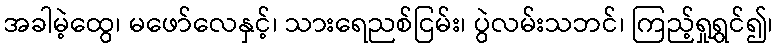
အခါမဲ့ထွေ၊ မဖော်လေနှင့်၊ သားရေညစ်ငြမ်း၊ ပွဲလမ်းသဘင်၊ ကြည့်ရှုရွှင်၍၊